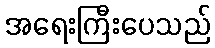
အရေးကြီးပေသည်